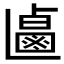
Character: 𰁐